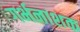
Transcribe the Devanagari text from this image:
गर्भनाशक